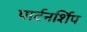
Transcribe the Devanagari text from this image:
पार्टनर्शिप